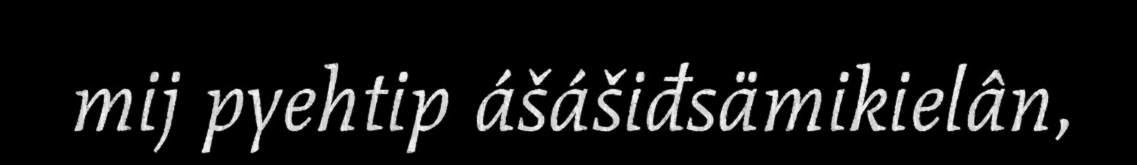
mij pyehtip ášášiđsämikielân,